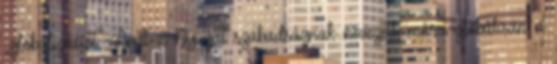
„globalizációt”. Amit a Nyugat szabadságnak nevezett, mára globálisan a